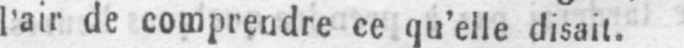
l’air de comprendre ce qu’elle disait.